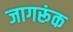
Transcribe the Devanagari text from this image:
जागरूंक